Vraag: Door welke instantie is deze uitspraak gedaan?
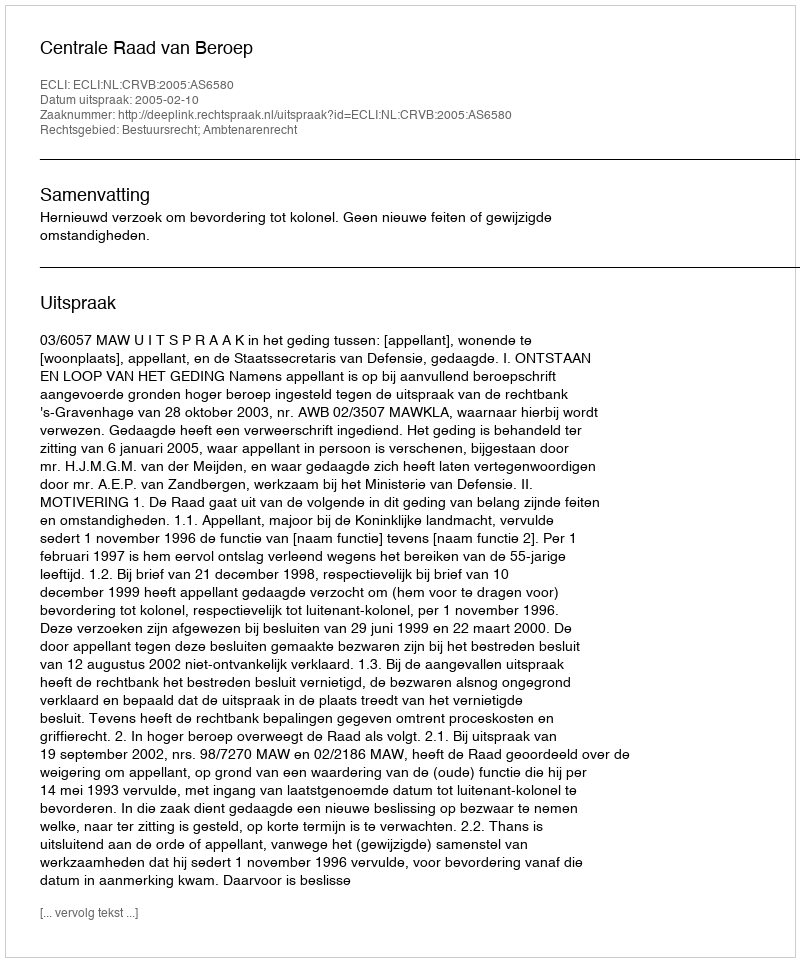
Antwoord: Centrale Raad van Beroep